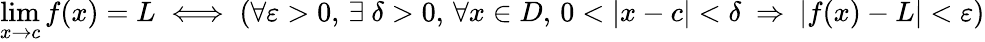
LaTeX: \operatorname*{lim}_{x\to c}f(x)=L\iff(\forall\varepsilon>0,\, \exists\ \delta>0,\, \forall x\in D,\, 0<|x-c|<\delta\ \Rightarrow\ |f(x)-L|<\varepsilon)